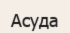
Асуда